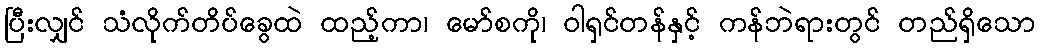
ပြီးလျှင် သံလိုက်တိပ်ခွေထဲ ထည့်ကာ၊ မော်စကို၊ ဝါရှင်တန်နှင့် ကန်ဘဲရားတွင် တည်ရှိသော